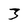
Character: 3